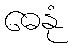
ဓေနုံ